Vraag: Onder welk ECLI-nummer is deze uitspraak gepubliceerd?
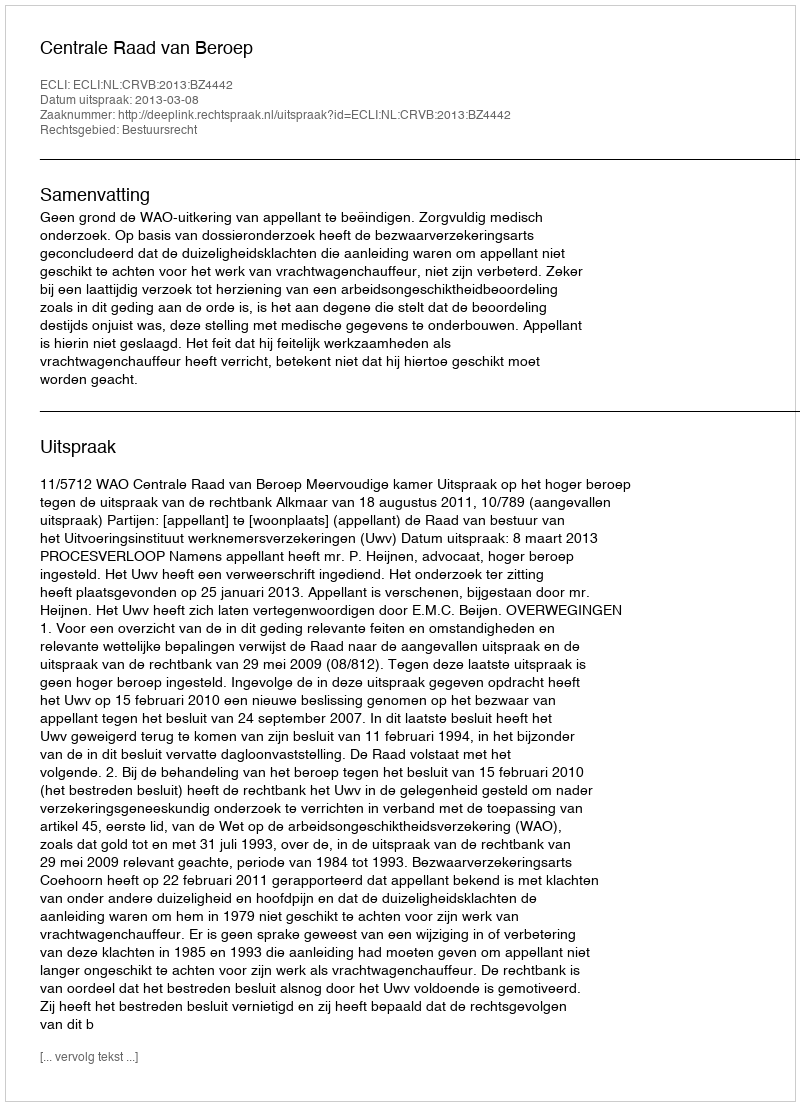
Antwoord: ECLI:NL:CRVB:2013:BZ4442